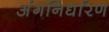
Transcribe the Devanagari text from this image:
अंगनिर्धारण